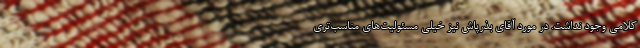
کلامی وجود نداشت. در مورد آقای بذرپاش نیز خیلی مسئولیت‌های مناسب‌تری